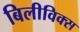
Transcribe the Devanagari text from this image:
बिलीविक्स